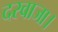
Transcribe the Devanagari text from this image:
दरवाजा।